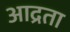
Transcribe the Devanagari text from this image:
आद्रता